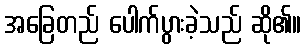
အခြေတည် ပေါက်ပွားခဲ့သည် ဆို၏။